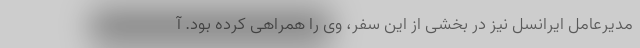
مدیرعامل ایرانسل نیز در بخشی از این سفر، وی را همراهی کرده بود. آ